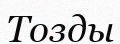
Тозды